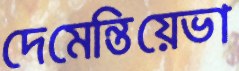
দেমেন্তিয়েভা